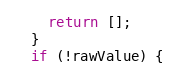
Language: JavaScript
    return [];
  }
  if (!rawValue) {